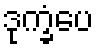
ဒုက္ခံပေ